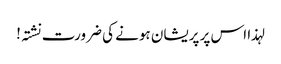
لہذا اس پر پریشان ہونے کی ضرورت نشتہ!